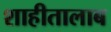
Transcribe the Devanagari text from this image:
शाहीतालाब